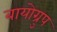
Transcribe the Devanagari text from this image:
बायोग्रुप